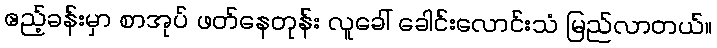
ဧည့်ခန်းမှာ စာအုပ် ဖတ်နေတုန်း လူခေါ် ခေါင်းလောင်းသံ မြည်လာတယ်။